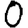
Digit: 0